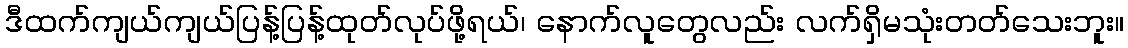
ဒီထက်ကျယ်ကျယ်ပြန့်ပြန့်ထုတ်လုပ်ဖို့ရယ်၊ နောက်လူတွေလည်း လက်ရှိမသုံးတတ်သေးဘူး။